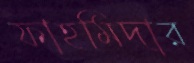
ফাহমিদার